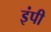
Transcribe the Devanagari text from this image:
इंपी